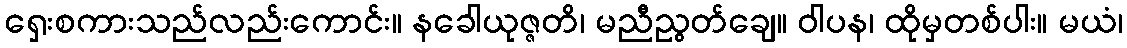
ရှေးစကားသည်လည်းကောင်း။ နခေါယုဇ္ဇတိ၊ မညီညွတ်ချေ။ ဝါပန၊ ထိုမှတစ်ပါး။ မယံ၊